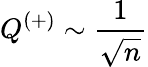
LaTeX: Q^{(+)}\sim\frac{1}{\sqrt{n}}